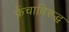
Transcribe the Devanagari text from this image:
फ्रेंचाविरुद्ध